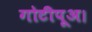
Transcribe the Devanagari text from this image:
गोटीपूअ।